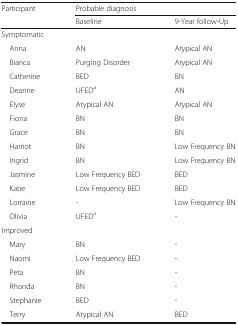
| Participant | <COLSPAN=2> Probable diagnosis |
 |  | Baseline | 9-Year follow-Up |
 | --- | --- | --- |
 | <COLSPAN=3> Symptomatic |
 | Anna | AN | Atypical AN |
 | Bianca | Purging Disorder | Atypical AN |
 | Catherine | BED | BN |
 | Deanne | UFEDa | AN |
 | Elyse | Atypical AN | Atypical AN |
 | Fiona | BN | BN |
 | Grace | BN | BN |
 | Harriot | BN | Low Frequency BN |
 | Ingrid | BN | Low Frequency BN |
 | Jasmine | Low Frequency BED | BED |
 | Katie | Low Frequency BED | BED |
 | Lorraine | - | Low Frequency BN |
 | Olivia | UFEDa | - |
 | <COLSPAN=3> Improved |
 | Mary | BN | - |
 | Naomi | Low Frequency BED | - |
 | Peta | BN | - |
 | Rhonda | BN | - |
 | Stephanie | BED | - |
 | Terry | Atypical AN | BED |